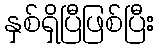
နှစ်ရှိပြီဖြစ်ပြီး